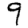
Digit: 9